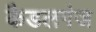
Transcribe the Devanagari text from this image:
कैडलगंज